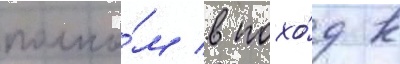
полко́м в похо́д к